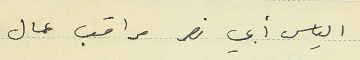
الياس أبي نصر مراقب عمال